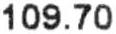
109.70